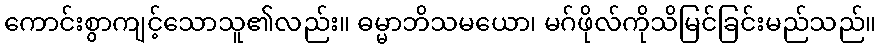
ကောင်းစွာကျင့်သောသူ၏လည်း။ ဓမ္မာဘိသမယော၊ မဂ်ဖိုလ်ကိုသိမြင်ခြင်းမည်သည်။